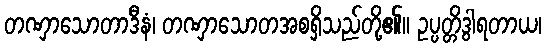
တဏှာသောတာဒီနံ၊ တဏှာသောတအစရှိသည်တို့၏။ ဥပ္ပတ္တိဒွါရတာယ၊